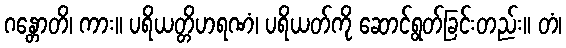
ဂန္တောတိ၊ ကား။ ပရိယတ္တိဟရဏံ၊ ပရိယတ်ကို ဆောင်ရွတ်ခြင်းတည်း။ တံ၊